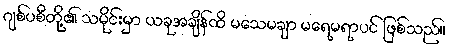
ဂျစ်ပစီတို့၏ သမိုင်းမှာ ယခုအချိန်ထိ မသေမချာ မရေမရာပင် ဖြစ်သည်။